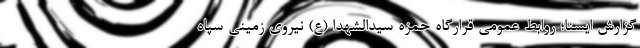
گزارش ایسنا؛ روابط عمومی قرارگاه حمزه سیدالشهدا (ع) نیروی زمینی سپاه